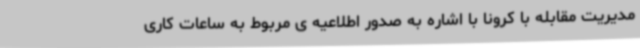
مدیریت مقابله با کرونا با اشاره به صدور اطلاعیه ی مربوط به ساعات کاری